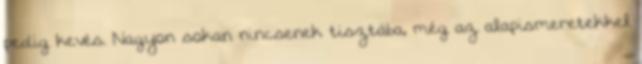
pedig kevés. Nagyon sokan nincsenek tisztába, még az alapismeretekkel